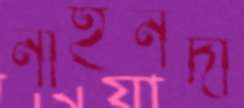
নাইনদা